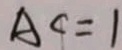
A C = 1